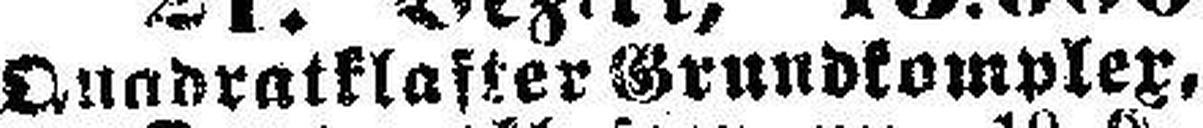
Quadratklafter Grundkomplex,